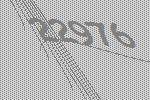
22976